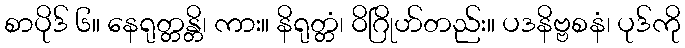
စာပိုဒ် ၆။ နေရုတ္တန္တိ၊ ကား။ နိရုတ္တံ၊ ဝိဂြိုဟ်တည်း။ ပဒနိဗ္ဗစနံ၊ ပုဒ်ကို